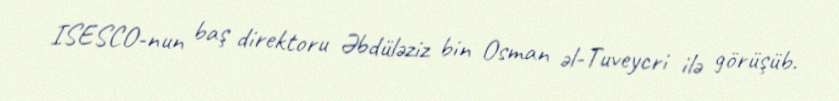
ISESCO-nun baş direktoru Əbdüləziz bin Osman əl-Tuveycri ilə görüşüb.